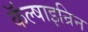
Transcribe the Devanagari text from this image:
कॅल्षाइन्रिन